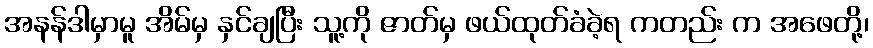
အနန်ဒါမှာမူ အိမ်မှ နှင်ချပြီး သူ့ကို ဇာတ်မှ ဖယ်ထုတ်ခံခဲ့ရ ကတည်း က အဖေတို့၊